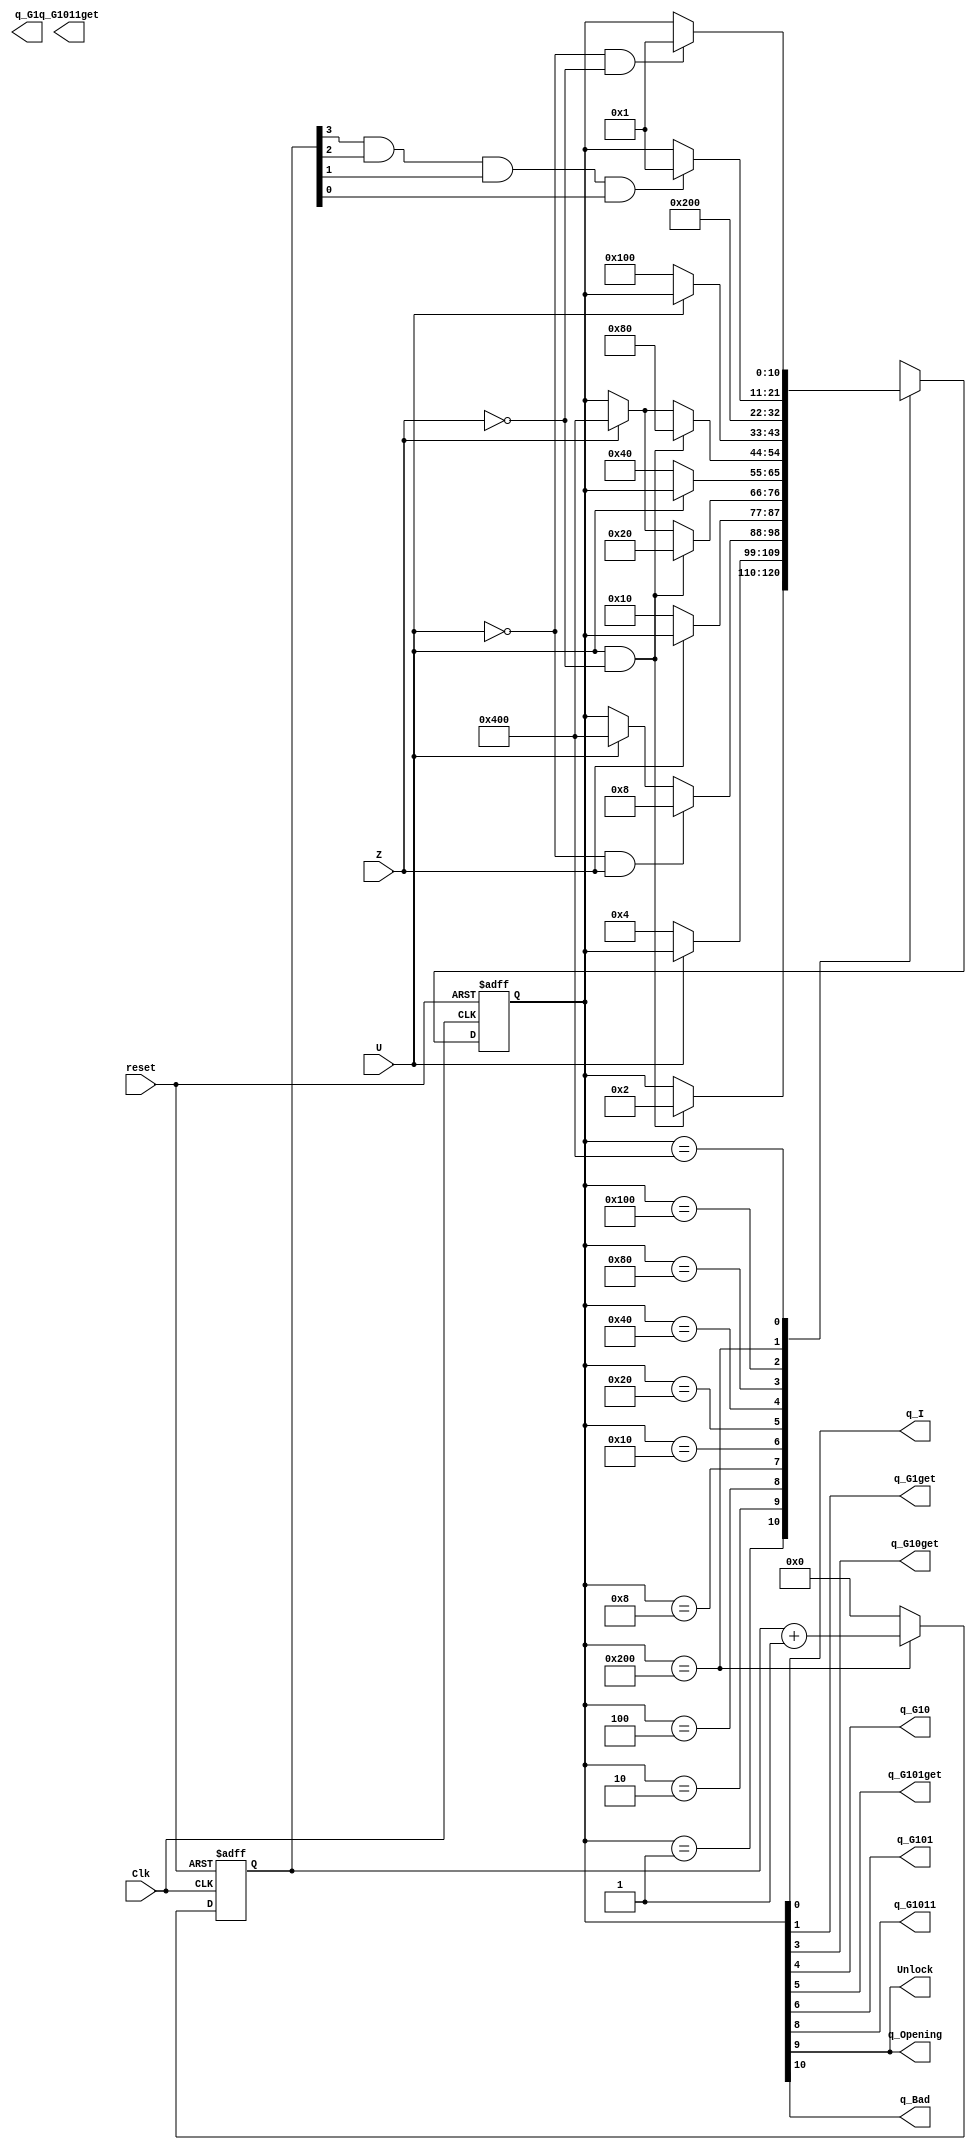
/////////////////////////////////////////////////
// Design Name: ee354_numlock_sm
/////////////////////////////////////////////////

`timescale 1ns / 1ps

module ee354_numlock_sm(Clk, reset, U, Z, q_I, q_G1get, q_G1, q_G10get, q_G10, q_G101get, 
        q_G101, q_G1011get, q_G1011, q_Opening, q_Bad, Unlock);

    input   Clk, reset, U, Z;
    output q_I, q_G1get, q_G1, q_G10get, q_G10, q_G101get, 
        q_G101, q_G1011get, q_G1011, q_Opening, q_Bad, Unlock;
    reg[10:0] state;

    // State Machine variables
    assign {q_Bad, q_Opening, q_G1011, gG1011get, q_G101, q_G101get,
        q_G10, q_G10get, g_G1, q_G1get, q_I} = state;
    assign Unlock = q_Opening;

    localparam
        QInit		=   11'b00000000001,
	    QG1get		=   11'b00000000010,
	    QG1			=   11'b00000000100,
	    QG10get		=   11'b00000001000,
	    QG10		=   11'b00000010000,
	    QG101get	=   11'b00000100000,
	    QG101		=   11'b00001000000,
		QG1011get 	= 	11'b00010000000,
		QG1011 		= 	11'b00100000000,
		QOpening 	= 	11'b01000000000,
		QBad 		= 	11'b10000000000,
	    UNK			=   11'bXXXXXXXXXXX;

    // Timer variables
    reg [3:0] timerout_count;
	wire timerout;
	assign timerout = (timerout_count[3] & timerout_count[2] & timerout_count[1] & timerout_count[0]);
    
    // Controlling the timer
    always @ (posedge Clk, posedge reset)
    begin
        if (reset)
            timerout_count = 0;
        else
            begin
                if (state == QOpening)
                    timerout_count <= timerout_count + 1;
                else
                    timerout_count <= 0;
            end
    end

    // Next State Logic and State Machine
    always @ (posedge Clk, posedge reset)
    begin
        if (reset)
            state <= QInit;
        else
        begin
            case (state)
            QInit:
                if (U && (~Z))
                    state <= QG1get;
            QG1get:	
                if (~U)
                    state <= QG1;
            QG1:	
                if ((~U) && Z)
                    state <= QG10get;
                else if (U)
                    state <= QBad;
            QG10get:
                if (~Z)
                    state <= QG10;
            QG10:	
                if (U && (~Z))
                    state <= QG101get;
                else if (Z)
                    state <= QBad;
            QG101get:	
                if (~U)
                    state <= QG101;
            QG101:	
                if (U && (~Z))
                    state <= QG1011get;
                else if (Z)
                    state <= QBad;
            QG1011get: 
                if (~U)
                    state <= QG1011;
            QG1011:
                state <= QOpening;
            QOpening:
                if (timerout)
                    state <= QInit;
            QBad:
                if (~U && ~Z)
                    state <= QInit;
            default:
                state <= UNK;
            endcase
        end
    end

    // Output Function Logic
    assign Unlock = q_Opening;

endmodule